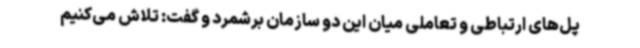
پل‌های ارتباطی و تعاملی میان این دو سازمان برشمرد و گفت: تلاش می‌کنیم